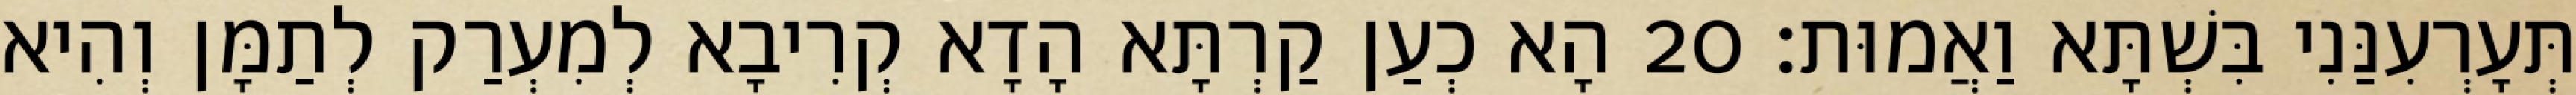
תְּעָרְעִנַּנִי בִּשְׁתָּא וַאֲמוּת׃ 20 הָא כְעַן קַרְתָּא הָדָא קְרִיבָא לְמִעְרַק לְתַמָּן וְהִיא